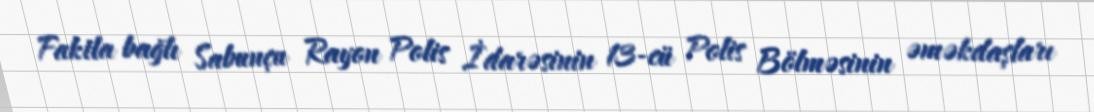
Faktla bağlı Sabunçu Rayon Polis İdarəsinin 13-cü Polis Bölməsinin əməkdaşları